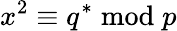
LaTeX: x^{2}\equiv q^{*}{\bmod{p}}